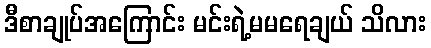
ဒီစာချုပ်အကြောင်း မင်းရဲ့မမရေချယ် သိလား